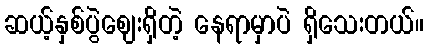
ဆယ့်နှစ်ပွဲဈေးရှိတဲ့ နေရာမှာပဲ ရှိသေးတယ်။